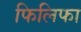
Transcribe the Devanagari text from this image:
फिलिफा